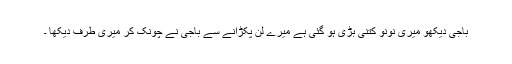
باجی دیکھو میری نونو کتنی بڑی ہو گئی ہے میرے لن پکڑانے سے باجی نے چونک کر میری طرف دیکھا ۔